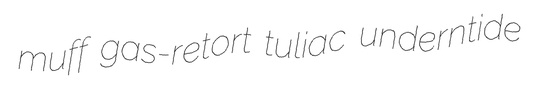
muff gas-retort tuliac underntide